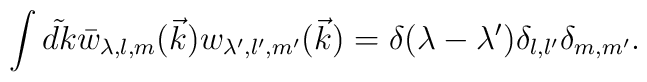
\int \tilde {dk}\bar w_{\lambda ,l,m}(\vec k)w_{\lambda ^{\prime },l^{\prime},m^{\prime }}(\vec k)=\delta (\lambda -\lambda ^{\prime })\delta_{l,l^{\prime }}\delta _{m,m^{\prime }}.